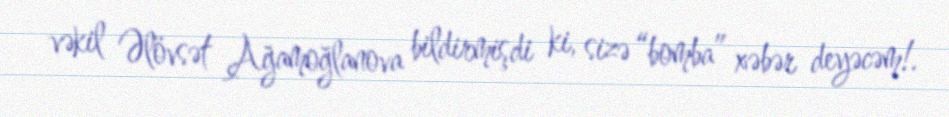
vəkil Əlövsət Ağamoğlanova bildirmişdi ki, sizə “bomba” xəbər deyəcəm!.